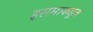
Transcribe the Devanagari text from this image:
इसमाकडून